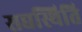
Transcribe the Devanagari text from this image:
सद्यस्थिति